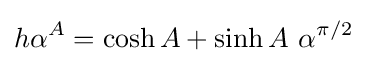
h\alpha ^{A}=\cosh A+\sinh A\ \alpha ^{\pi /2}